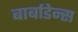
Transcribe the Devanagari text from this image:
बार्बाडेन्स